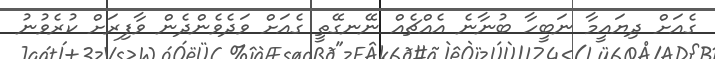
ގެއަށް ދިޔައީމާ ނަބީހާ ބުނާނެ އެއްޗެއް ނޭނގޭތީ ގެއަށް ވަދެވެންދެން ވާފިރަށް ކުރެވުނު